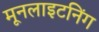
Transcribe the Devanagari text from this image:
मूनलाइटनिंग